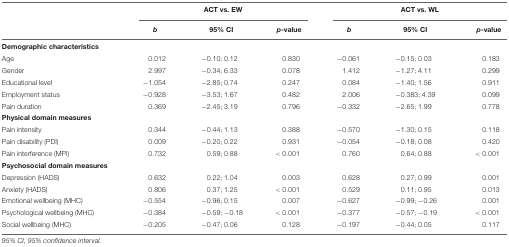
<table><thead><tr><td></td><td colspan="3"><b>ACT vs. EW</b></td><td colspan="3"><b>ACT vs. WL</b></td></tr><tr><td></td><td><b><i>b</i></b></td><td><b>95% CI</b></td><td><b><i>p</i>-value</b></td><td><b><i>b</i></b></td><td><b>95% CI</b></td><td><b><i>p</i>-value</b></td></tr></thead><tbody><tr><td><b>Demographic characteristics</b></td><td></td><td></td><td></td><td></td><td></td><td></td></tr><tr><td>Age</td><td>0.012</td><td>-0.10; 0.12</td><td>0.830</td><td>-0.061</td><td>-0.15; 0.03</td><td>0.183</td></tr><tr><td>Gender</td><td>2.997</td><td>-0.34; 6.33</td><td>0.078</td><td>1.412</td><td>-1.27; 4.11</td><td>0.299</td></tr><tr><td>Educational level</td><td>-1.054</td><td>-2.85; 0.74</td><td>0.247</td><td>0.084</td><td>-1.40; 1.56</td><td>0.911</td></tr><tr><td>Employment status</td><td>-0.928</td><td>-3.53; 1.67</td><td>0.482</td><td>2.006</td><td>-0.383; 4.39</td><td>0.099</td></tr><tr><td>Pain duration</td><td>0.369</td><td>-2.45; 3.19</td><td>0.796</td><td>-0.332</td><td>-2.65; 1.99</td><td>0.778</td></tr><tr><td><b>Physical domain measures</b></td><td></td><td></td><td></td><td></td><td></td><td></td></tr><tr><td>Pain intensity</td><td>0.344</td><td>-0.44; 1.13</td><td>0.388</td><td>-0.570</td><td>-1.30; 0.15</td><td>0.118</td></tr><tr><td>Pain disability (PDI)</td><td>0.009</td><td>-0.20; 0.22</td><td>0.931</td><td>-0.054</td><td>-0.18; 0.08</td><td>0.420</td></tr><tr><td>Pain interference (MPI)</td><td>0.732</td><td>0.59; 0.88</td><td>&lt;0.001</td><td>0.760</td><td>0.64; 0.88</td><td>&lt;0.001</td></tr><tr><td><b>Psychosocial domain measures</b></td><td></td><td></td><td></td><td></td><td></td><td></td></tr><tr><td>Depression (HADS)</td><td>0.632</td><td>0.22; 1.04</td><td>0.003</td><td>0.628</td><td>0.27; 0.99</td><td>0.001</td></tr><tr><td>Anxiety (HADS)</td><td>0.806</td><td>0.37; 1.25</td><td>&lt;0.001</td><td>0.529</td><td>0.11; 0.95</td><td>0.013</td></tr><tr><td>Emotional wellbeing (MHC)</td><td>-0.554</td><td>-0.96; 0.15</td><td>0.007</td><td>-0.627</td><td>-0.99; -0.26</td><td>0.001</td></tr><tr><td>Psychological wellbeing (MHC)</td><td>-0.384</td><td>-0.59; -0.18</td><td>&lt;0.001</td><td>-0.377</td><td>-0.57; -0.19</td><td>&lt;0.001</td></tr><tr><td>Social wellbeing (MHC)</td><td>-0.205</td><td>-0.47; 0.06</td><td>0.128</td><td>-0.197</td><td>-0.44; 0.05</td><td>0.117</td></tr></tbody></table>